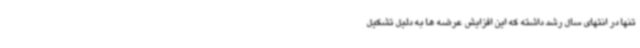
تنها در انتهای سال رشد داشته که این افزایش عرضه ها به دلیل تشکیل